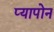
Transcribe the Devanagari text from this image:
प्यापोन